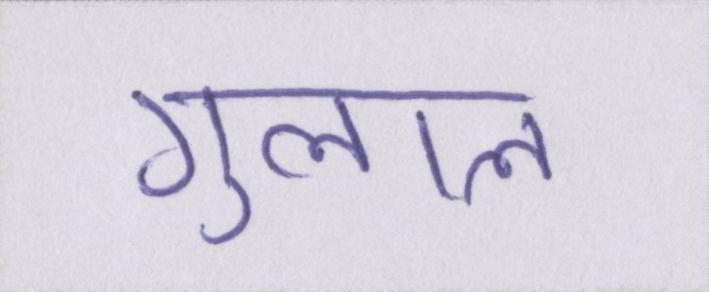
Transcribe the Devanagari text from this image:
गुलाल